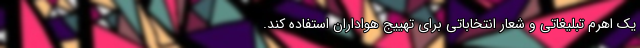
یک اهرم تبلیغاتی و شعار انتخاباتی برای تهییج هواداران استفاده کند.